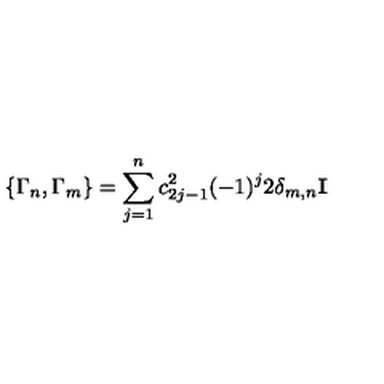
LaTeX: \{ \Gamma _ { n } , \Gamma _ { m } \} = \sum _ { j = 1 } ^ { n } c _ { 2 j - 1 } ^ { 2 } ( - 1 ) ^ { j } 2 \delta _ { m , n } { \bf I }